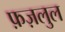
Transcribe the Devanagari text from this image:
फ़ज़लुल